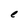
Character: e